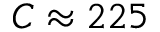
C \approx 2 2 5